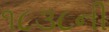
૧૮૩૮ની